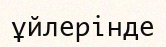
ұйлерінде